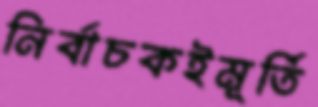
নির্বাচকইমূর্তি